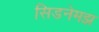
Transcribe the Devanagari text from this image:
सिडनेमझ